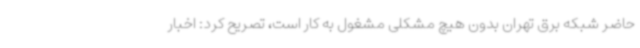
حاضر شبکه برق تهران بدون هیچ مشکلی مشغول به کار است، تصریح کرد: اخبار